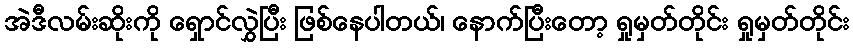
အဲဒီလမ်းဆိုးကို ရှောင်လွှဲပြီး ဖြစ်နေပါတယ်၊ နောက်ပြီးတော့ ရှုမှတ်တိုင်း ရှုမှတ်တိုင်း